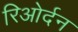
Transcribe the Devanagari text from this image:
रिओर्दन